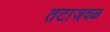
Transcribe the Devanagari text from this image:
तटाजवळ